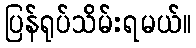
ပြန်ရုပ်သိမ်းရမယ်။